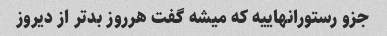
جزو رستورانهاییه که میشه گفت هرروز بدتر از دیروز